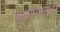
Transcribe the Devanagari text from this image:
यांदरम्यानची